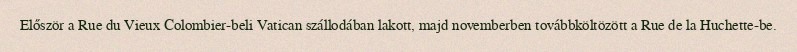
Először a Rue du Vieux Colombier-beli Vatican szállodában lakott, majd novemberben továbbköltözött a Rue de la Huchette-be.